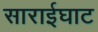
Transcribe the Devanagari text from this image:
साराईघाट